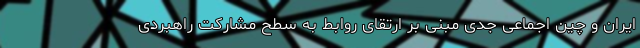
ایران و چین اجماعی جدی مبنی بر ارتقای روابط به سطح مشارکت راهبردی